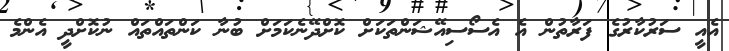
އެއީ ސަރުކާރުގެ ފަރާތުން އެ އެސޯސިއޭޝަންތަކަށް ކޮށްދޭނެކަމަށް ބުނާ ކަންތައްތައް ނުކޮށްދީ އެންމެ